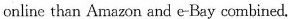
online than Amazon and e-Bay combined.